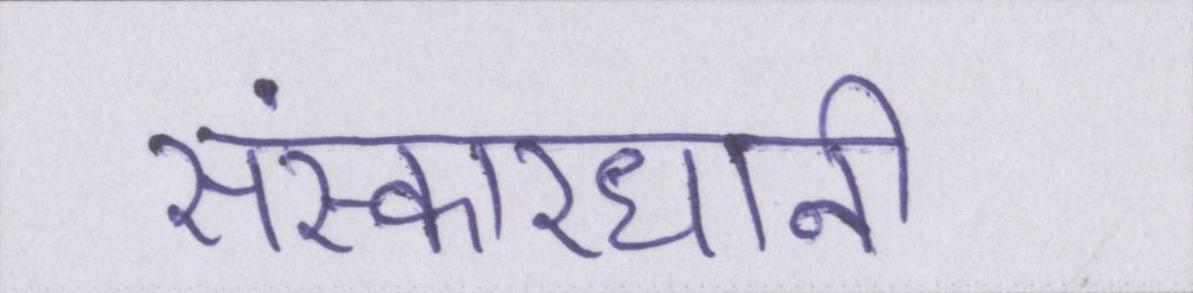
संस्कारधानी